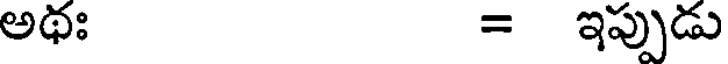
అథః = ఇప్పుడు